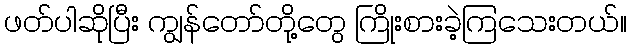
ဖတ်ပါဆိုပြီး ကျွန်တော်တို့တွေ ကြိုးစားခဲ့ကြသေးတယ်။